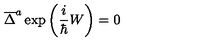
\overline { { \Delta } } ^ { a } \exp \left( \frac i \hbar W \right) = 0